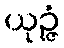
ယုဉ္ဇံ